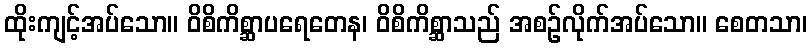
ထိုးကျင့်အပ်သော။ ဝိစိကိစ္ဆာပရေတေန၊ ဝိစိကိစ္ဆာသည် အစဉ်လိုက်အပ်သော။ စေတသာ၊